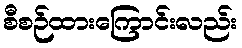
စီစဉ်ထားကြောင်းလည်း